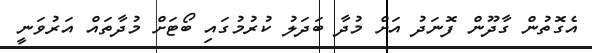
އެގޮތުން ގާދޫން ފޮނަދު އަށް މުދާ ބަދަލު ކުރުމުގައި ބޯޓަށް މުދާތައް އަރުވަނީ